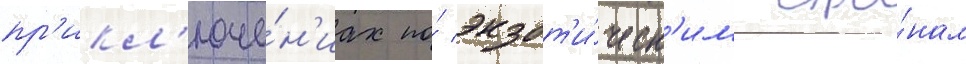
пр'икл'юче́н'иах по́ экзот'и́ческ'им стра́нам